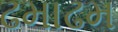
ઢમાઢમ